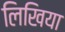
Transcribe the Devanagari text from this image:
लिखिया